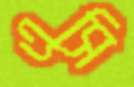
এসি